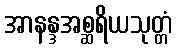
အာနန္ဒအစ္ဆရိယသုတ္တံ